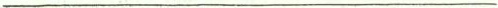
___